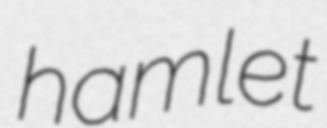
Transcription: hamlet